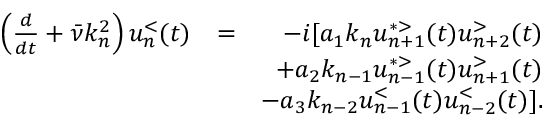
\begin{array} { r l r } { \left( \frac { d } { d t } + \bar { \nu } k _ { n } ^ { 2 } \right) u _ { n } ^ { < } ( t ) } & { = } & { - i [ a _ { 1 } k _ { n } u _ { n + 1 } ^ { * > } ( t ) u _ { n + 2 } ^ { > } ( t ) } \\ & { } & { + a _ { 2 } k _ { n - 1 } u _ { n - 1 } ^ { * > } ( t ) u _ { n + 1 } ^ { > } ( t ) } \\ & { } & { - a _ { 3 } k _ { n - 2 } u _ { n - 1 } ^ { < } ( t ) u _ { n - 2 } ^ { < } ( t ) ] . } \end{array}